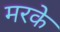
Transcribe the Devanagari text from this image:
मरके